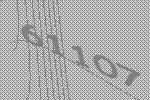
61107